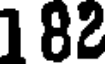
182